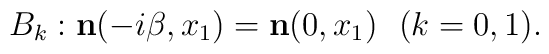
B_{k}: {\bf n}(-i\beta,x_{1}) = {\bf n}(0,x_{1}) ~~(k=0,1).